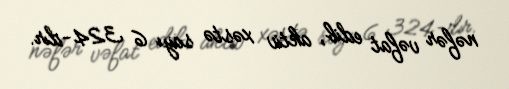
nəfər vəfat edib, aktiv xəstə sayı 6 324-dır.